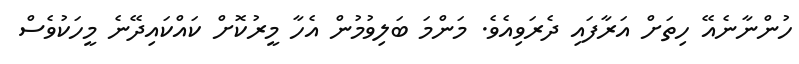
ހުންނާނެއޭ ހިތަށް އަރާފައި ދެރަވިއެވެ. މަންމަ ބަލިވުމުން އެހާ މީރުކޮށް ކައްކައިދޭނެ މީހަކުވެސް